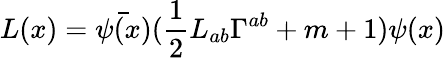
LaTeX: L(x)=\bar{\psi(x)}(\frac{1}{2}L_{ab}\Gamma^{ab}+m+1)\psi(x)